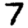
Digit: 7